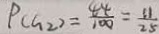
P ( G _ { 2 } ) = \frac { 4 4 } { 1 0 0 } = \frac { 1 1 } { 2 5 }